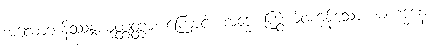
အလောဘနိဿန္ဒယုတ္တတ္တာ၊ ကြောင့်။ အဒ္ဓေ၊ ကြွယ်ဝကုန်သော။ မဟဒ္ဓနေ၊